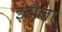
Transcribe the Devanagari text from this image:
इंटौजा